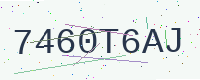
Text: 7460T6AJ